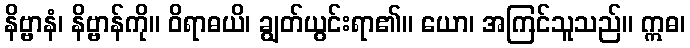
နိဗ္ဗာနံ၊ နိဗ္ဗာန်ကို။ ဝိရာဓယိ၊ ချွတ်ယွင်းရာ၏။ ယော၊ အကြင်သူသည်။ ဣဓ၊